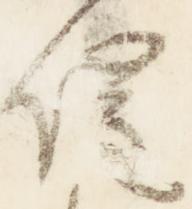
催